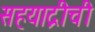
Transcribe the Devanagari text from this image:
सहयाद्रीची